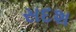
સદશ